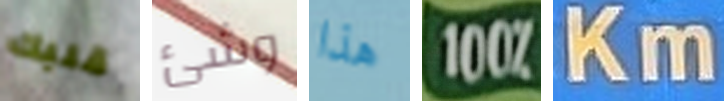
قلبك وشئ هذا 100% Km